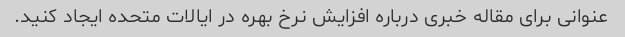
عنوانی برای مقاله خبری درباره افزایش نرخ بهره در ایالات متحده ایجاد کنید.